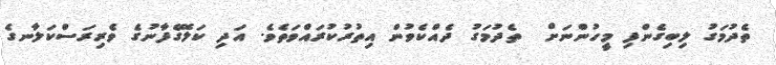
ތެދުމަގު ލިބިގެންފި މީހުންނަށް  ތެދުމަގު ދެއްކެވުން އިތުރުކުރައްވަތެވެ. އަދި ކަލޭގެފާނުގެ ވެރިރަސްކަލާނގެ